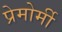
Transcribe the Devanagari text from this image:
प्रेमोर्मी